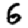
Digit: 6